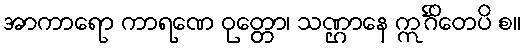
အာကာရော ကာရဏေ ဝုတ္တော၊ သဏ္ဌာနေ ဣင်္ဂိတေပိ စ။